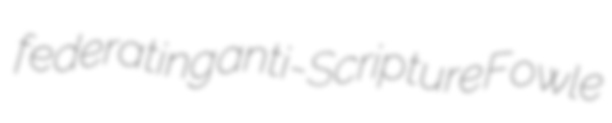
federating anti-Scripture Fowle